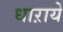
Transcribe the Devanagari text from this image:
धाऱायें